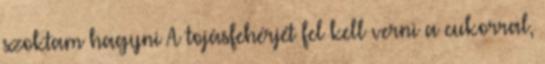
szoktam hagyni A tojásfehérjét fel kell verni a cukorral,